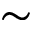
\sim